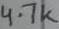
Text: 4.7k